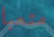
متعبا